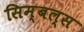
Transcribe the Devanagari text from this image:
सिम्बल्स